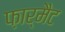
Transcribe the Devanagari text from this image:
फ़ार्मैट